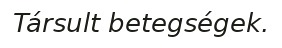
Társult betegségek.